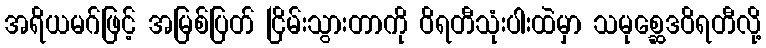
အရိယမဂ်ဖြင့် အမြစ်ပြတ် ငြိမ်းသွားတာကို ဝိရတီသုံးပါးထဲမှာ သမုစ္ဆေဒဝိရတီလို့